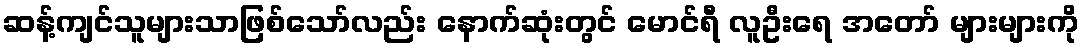
ဆန့်ကျင်သူများသာဖြစ်သော်လည်း နောက်ဆုံးတွင် မောင်ရီ လူဦးရေ အတော် များများကို